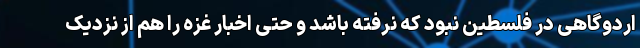
اردوگاهی در فلسطین نبود که نرفته باشد و حتی اخبار غزه را هم از نزدیک